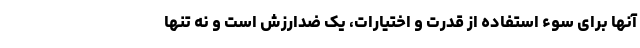
آنها برای سوء استفاده از قدرت و اختیارات، یک ضدارزش است و نه تنها